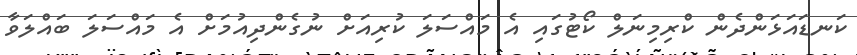
ކަނޑައަޅަންދެން ކްރިމިނަލް ކޯޓުގައި އެ މައްސަލަ ކުރިއަށް ނުގެންދިއުމަށް އެ މައްސަލަ ބައްލަވާ